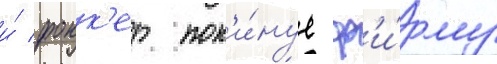
и́ фокк'ер пок'и́нул ф'и́рму